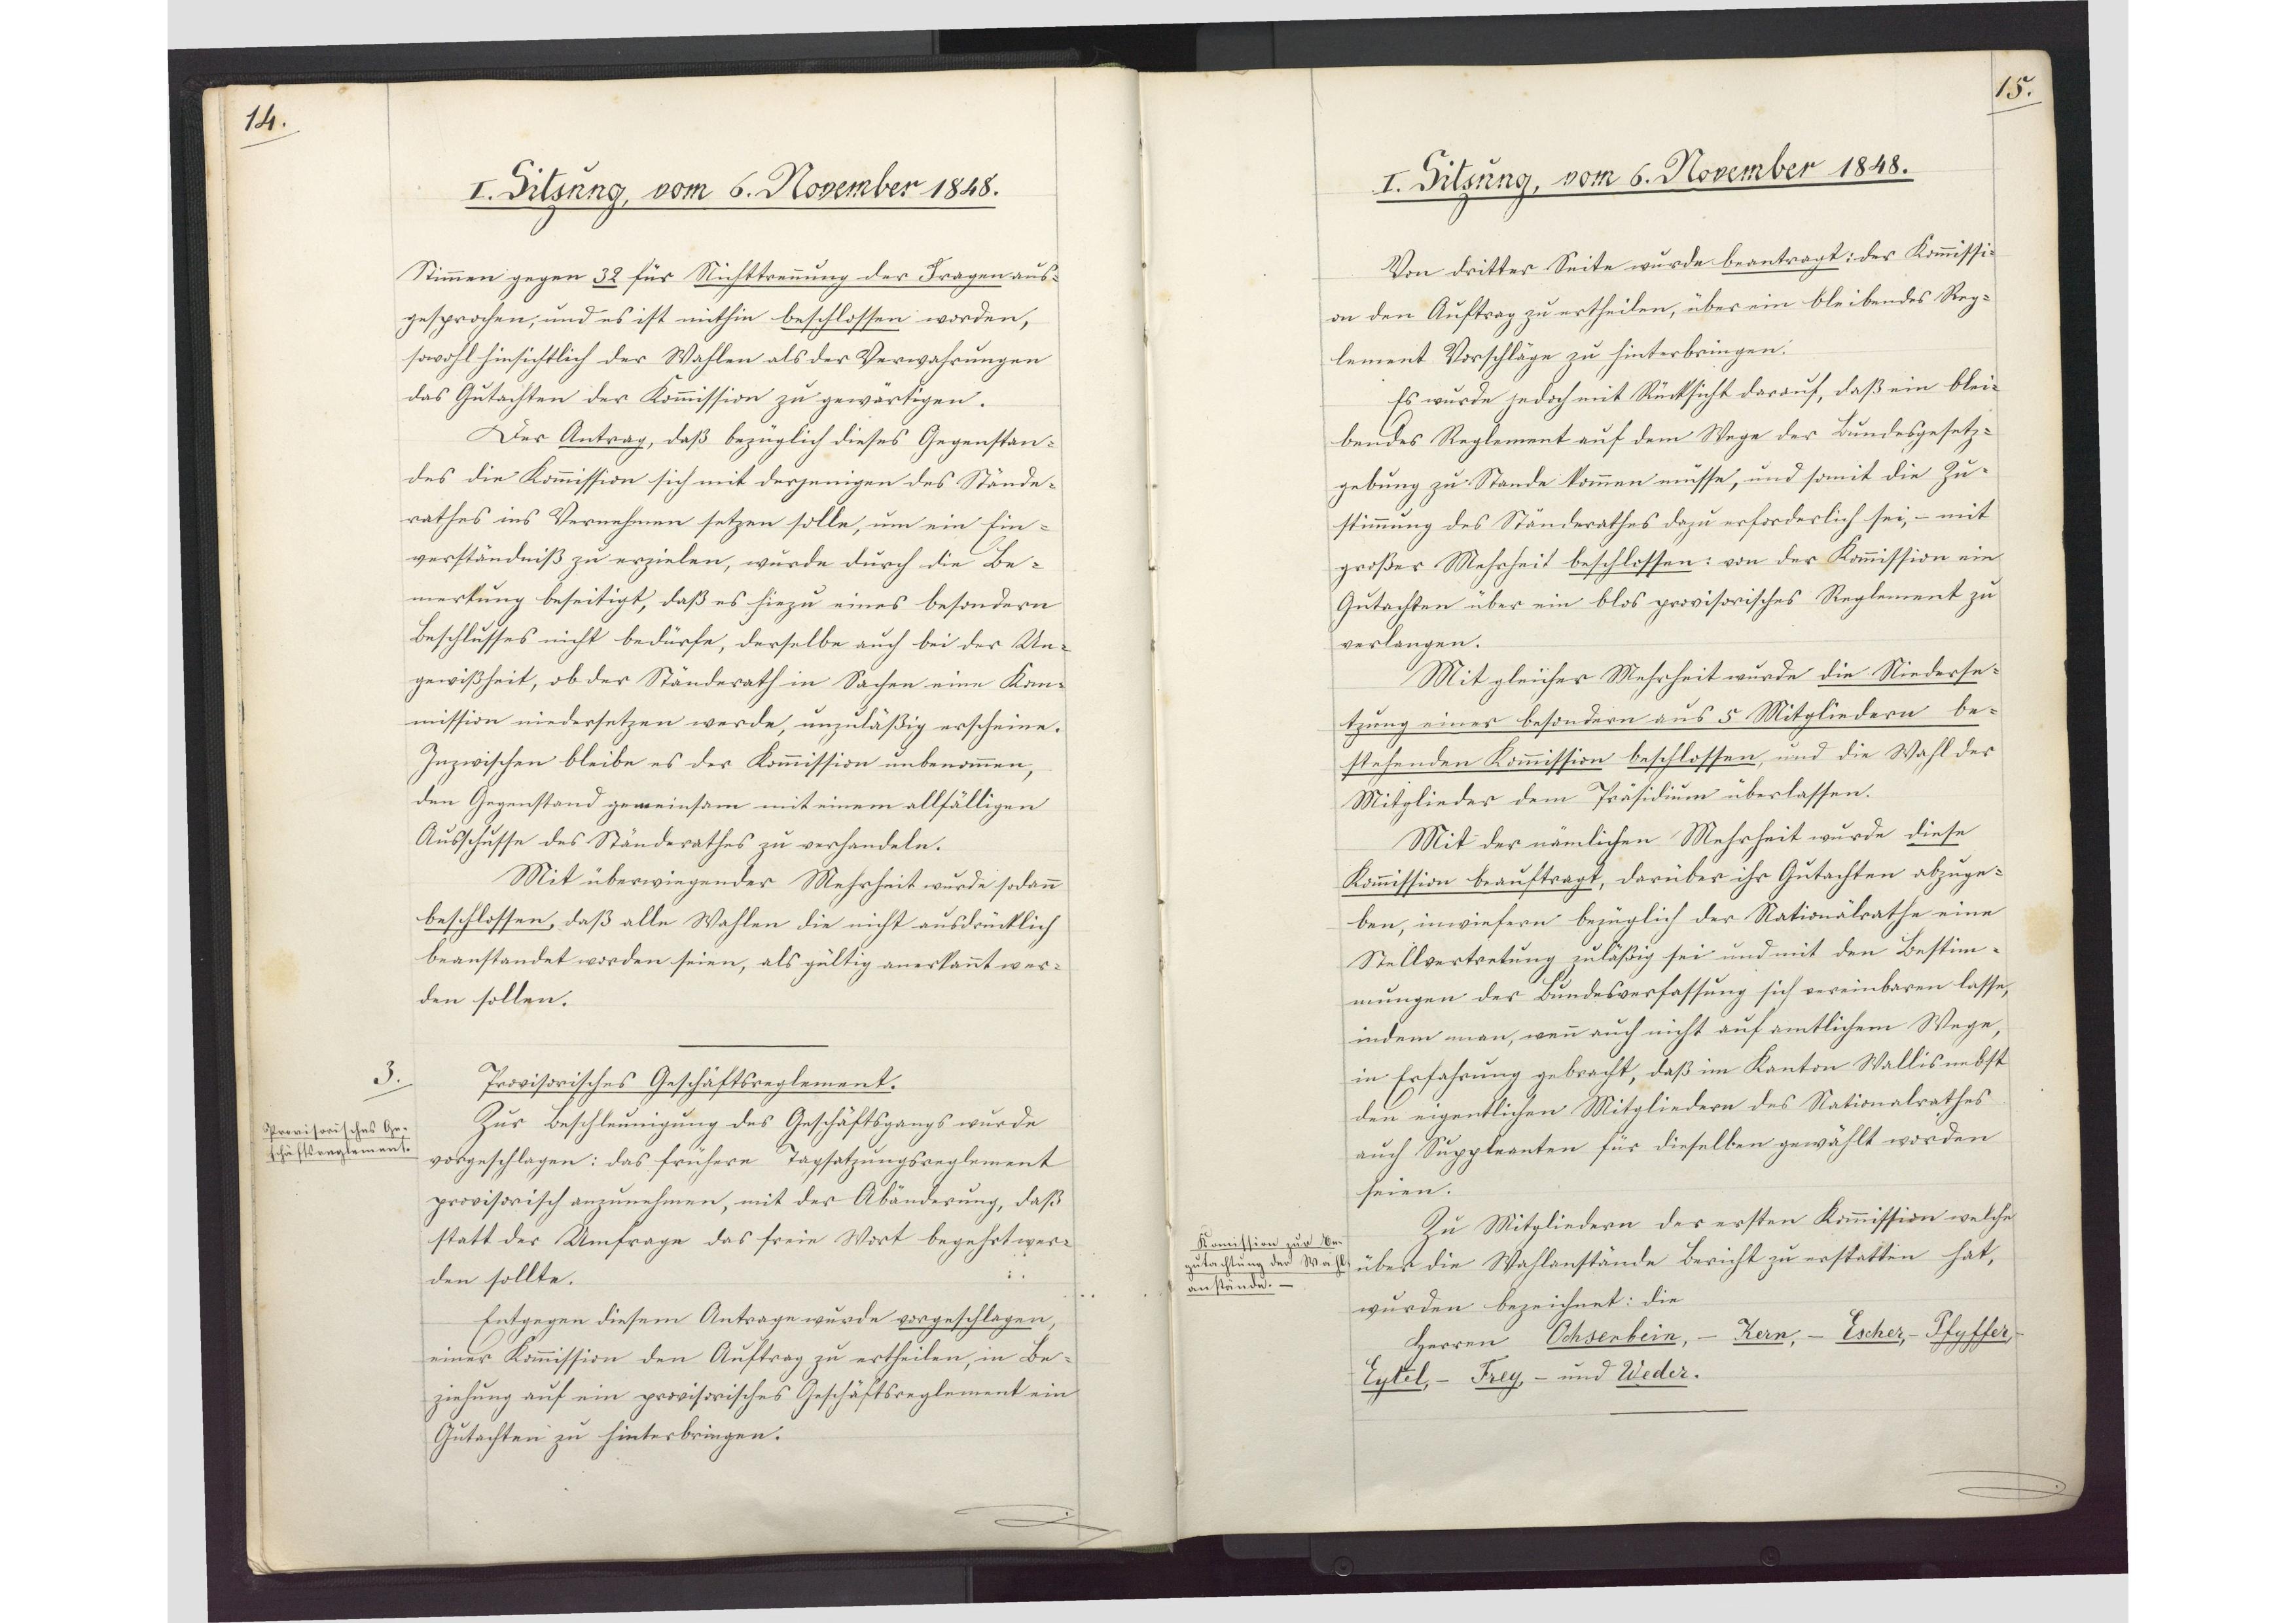
14.

I. Sitzung, vom 6. November 1848.

Stimmen gegen 32 für Nichttrennung der Fragen aus¬
gesprochen, und es ist mithin beschlossen worden,
sowohl hinsichtlich der Wahlen als der Verwahrungen
das Gutachten der Kommission zu gewärtigen.
Der Antrag, daß bezüglich dieses Gegenstan¬
des die Kommission sich mit derjenigen des Stände¬
rathes ins Vernehmen setzen solle, um ein Ein¬
verständniß zu erzielen, wurde durch die Be¬
merkung beseitigt, daß es hiezu eines besondern
Beschlusses nicht bedürfe, derselbe auch bei der Un¬
gewißheit, ob der Ständerath in Sachen eine Kom¬
mission niedersetzen werde, unzuläßig erscheine.
Inzwischen bleibe es der Kommission unbenommen,
den Gegenstand gemeinsam mit einem allfälligen
Ausschlusse des Ständerathes zu verhandeln.
Mit überwiegender Mehrheit wurde sodann
beschlossen, daß alle Wahlen die nicht ausdrücklich
beanstandet worden seien, als gültig anerkannt wer¬
den sollen.
Provisorisches Geschäftsreglement.
Zur Beschleunigung des Geschäftsgangs wurde
vorgeschlagen: das frühere Tagsatzungsreglement
provisorisch anzunehmen, mit der Abänderung, daß
statt der Umfrage das freie Wort begehrt wer¬
den sollte.
Entgegen diesem Antrage wurde vorgeschlagen,
einer Kommission den Auftrag zu ertheilen, in Be¬
ziehung auf ein provisorisches Geschäftsreglement ein
Gutachten zu hinterbringen.

3.
Provisorisches Ge¬
schäftsreglement

15.

I. Sitzung, vom 6. November 1848.

Von dritter Seite wurde beantragt: der Kommissi¬
on den Auftrag zu ertheilen, über ein bleibendes Reg¬
lement Vorschläge zu hinterbringen.
Es wurde jedoch mit Rücksicht darauf, daß ein blei¬
bendes Reglement auf dem Wege der Bundesgesetz¬
gebung zu Stande kommen müsse, und somit die Zu¬
stimmung des Ständerathes dazu erforderlich sei, - mit
großer Mehrheit beschlossen: von der Kommission ein
Gutachten über ein blos provisorisches Reglement zu
verlangen.
Mit gleicher Mehrheit wurde die Niederse¬
tzung einer besondern aus 5 Mitgliedern be¬
stehenden Kommission beschlossen, und die Wahl der
Mitglieder dem Präsidium überlassen.
Mit der nämlichen Mehrheit wurde diese
Kommission beauftragt, darüber ihr Gutachten abzuge¬
ben, inwiefern bezüglich der Nationalräthe eine
Stellvertretung zuläßig sei und mit den Bestim¬
mungen der Bundesverfassung sich vereinbaren lasse,
indem man, wenn auch nicht auf amtlichem Wege,
in Erfahrung gebracht, daß im Kanton Wallis nebst
den eigentlichen Mitgliedern des Nationalrathes
auch Suppleanten für dieselben gewählt worden
seien.
Zu Mitgliedern der ersten Kommission welche
über die Wahlanstände Bericht zu erstatten hat,
wurden bezeichnet: die
Herren Ochsenbein, - Kern, - Escher, - Pfyffer, -
Eytel, - Frey, - und Weder.

Komission zur Be¬
gutachtung der Wahl¬
anstände.